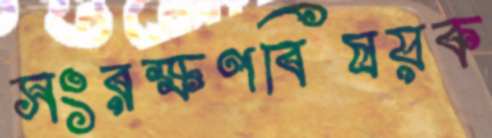
সংরক্ষণবিষয়ক